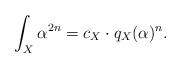
LaTeX: \begin{align*} \int_X \alpha^{2n}=c_X\cdot q_X(\alpha)^n. \end{align*}